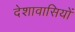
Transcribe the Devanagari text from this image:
देशावासियों